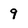
Character: 9